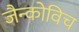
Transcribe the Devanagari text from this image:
जैन्कोविच